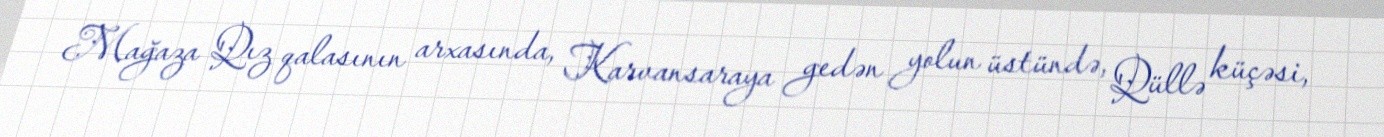
Mağaza Qız qalasının arxasında, Karvansaraya gedən yolun üstündə, Qüllə küçəsi,